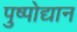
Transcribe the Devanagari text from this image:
पुष्पोद्यान